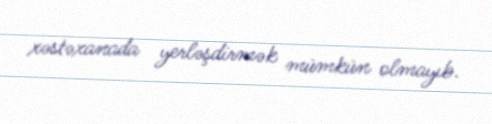
xəstəxanada yerləşdirmək mümkün olmayıb.